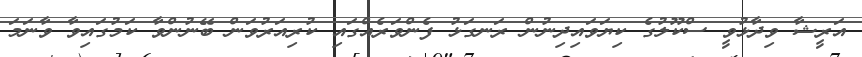
އަރީޝާ ވިދާޅުވީ ސްކޫލުގެ ކިޔަވައިދިނުން ރަނގަޅު ފެންވަރެއްގައި ކުރިއަރުވަން ބޭނުންވާ ކަމުގައިވާ ވާނަމަ